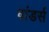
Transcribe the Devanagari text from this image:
वांडर्स